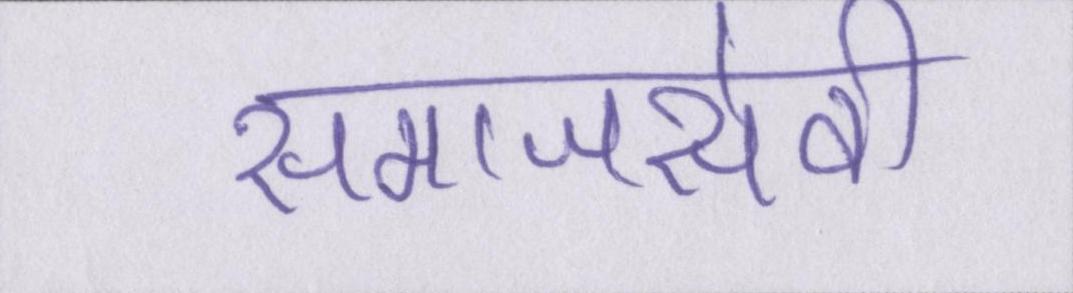
समाजसेवी